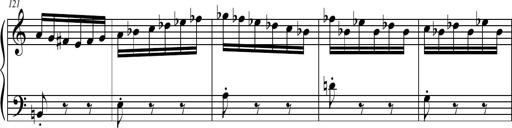
Title: Petite Sonatine
Composer: Richard St. Clair